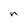
Character: n